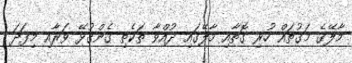
މާލޭގެ މަގުތައް ހުރި ގޮތާއި މާލޭގައި ދުއްވާ ތަކެތި ގެންގުޅޭ ވަރާއި މިފަދަ